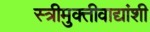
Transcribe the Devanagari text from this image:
स्त्रीमुक्तीवाद्यांशी